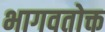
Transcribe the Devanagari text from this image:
भागवतोक्त